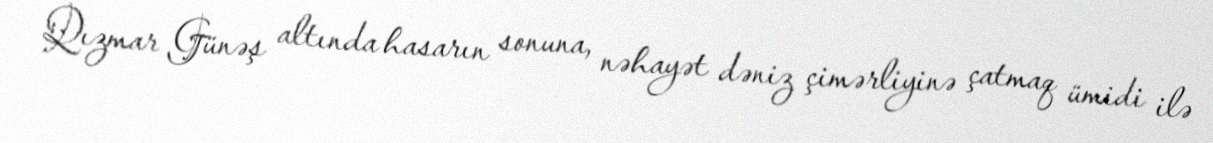
Qızmar Günəş altında hasarın sonuna, nəhayət dəniz çimərliyinə çatmaq ümidi ilə